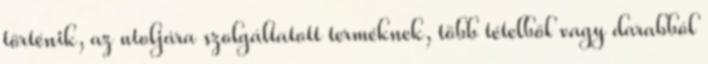
történik, az utoljára szolgáltatott terméknek, több tételből vagy darabból